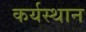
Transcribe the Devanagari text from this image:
कर्यस्थान